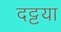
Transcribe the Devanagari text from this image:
दट्टया